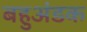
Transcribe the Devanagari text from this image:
बहुअंडक